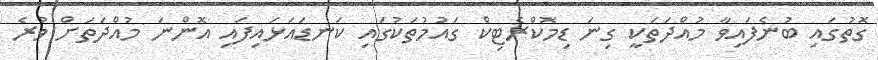
ގޮތުގައި ބުނެފައިވާ މުއްދަތަކީ ގިނަ ޑިމޮކްރެޓިކް ގައުމުތަކުގައި ކަނޑައަޅައިފައި އޮންނަ މުއްދަތަށް ވުރެ